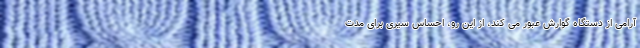
آرامی از دستگاه گوارش عبور می کند، از این رو، احساس سیری برای مدت